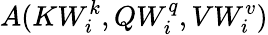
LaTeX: A(KW_{i}^{k},QW_{i}^{q},VW_{i}^{v})